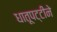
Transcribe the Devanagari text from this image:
धातूपट्टीने